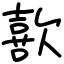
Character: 歖